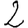
Digit: 2